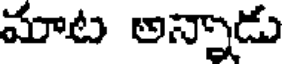
మాట అన్నాడు